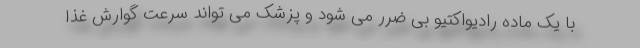
با یک ماده رادیواکتیو بی ضرر می شود و پزشک می تواند سرعت گوارش غذا